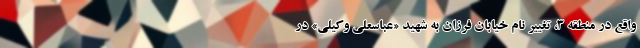
واقع در منطقه ۳، تغییر نام خیابان فرزان به شهید «عباسعلی وکیلی» در